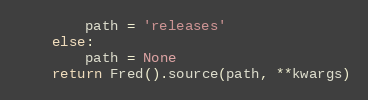
Language: Python
        path = 'releases'
    else:
        path = None
    return Fred().source(path, **kwargs)